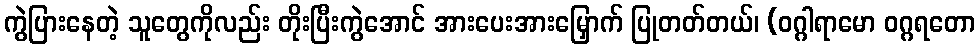
ကွဲပြားနေတဲ့ သူတွေကိုလည်း တိုးပြီးကွဲအောင် အားပေးအားမြှောက် ပြုတတ်တယ်၊ (ဝဂ္ဂါရာမော ဝဂ္ဂရတော